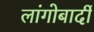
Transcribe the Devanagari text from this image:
लांगोबार्दी